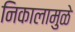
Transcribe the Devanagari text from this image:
निकालामुळे